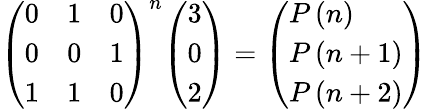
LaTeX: {\left(\begin{array}{lll}{0}&{1}&{0}\\ {0}&{0}&{1}\\ {1}&{1}&{0}\end{array}\right)}^{n}{\left(\begin{array}{l}{3}\\ {0}\\ {2}\end{array}\right)}={\left(\begin{array}{l}{P\left(n\right)}\\ {P\left(n+1\right)}\\ {P\left(n+2\right)}\end{array}\right)}